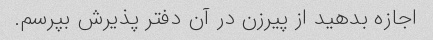
اجازه بدهید از پیرزن در آن دفتر پذیرش بپرسم.